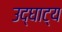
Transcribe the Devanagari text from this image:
उद्घाट्य